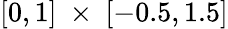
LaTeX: [0,1]\ \times\ [-0.5,1.5]